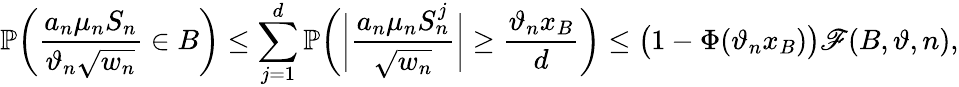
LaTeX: \mathbb{P}\bigg(\frac{a_{n}\mu_{n}S_{n}}{\vartheta_{n}\sqrt{w_{n}}}\in B\bigg)\leq\sum_{j=1}^{d}\mathbb{P}\bigg(\bigg|\frac{a_{n}\mu_{n}S_{n}^{j}}{\sqrt{w_{n}}}\bigg|\geq\frac{\vartheta_{n}x_{B}}{d}\bigg)\leq\big(1-\Phi(\vartheta_{n}x_{B})\big)\mathscr{F}(B,\vartheta,n),